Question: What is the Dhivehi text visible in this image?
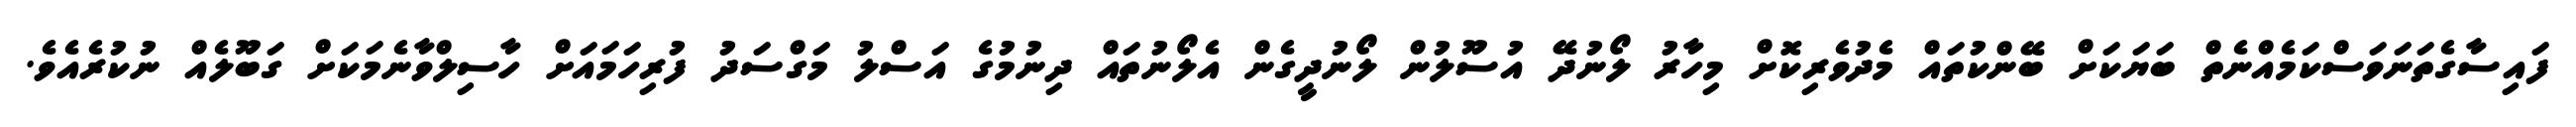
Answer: ފައިސާގެތަނަވަސްކަމެއްނެތް ބަޔަކަށް ބޭންކުތައް މެދުވެރިކޮށް މިހާރު ލޯނުދޭ އުސޫލުން ލޯނުދީގެން އެލޯނުތައް ދިނުމުގެ އަސްލު މަގްސަދު ފުރިހަމައަށް ހާސިލްވާނެމަކަށް ގަބޫލެއް ނުކުރެއެވެ.